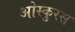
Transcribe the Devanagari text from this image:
ओस्कुरस